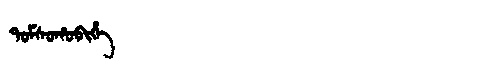
Manchu: ᡨᠣᠮᠰᠣᡥᠣᠪᡳᡥᡝ
Romanization: TOMSOHOBIHE